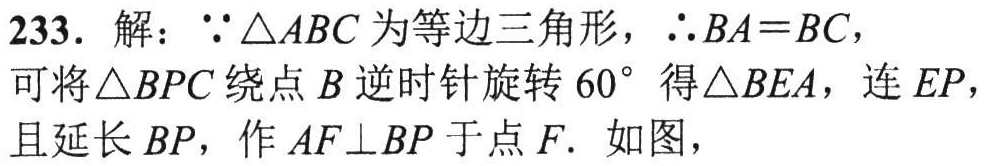
233. 解：$\because\triangle ABC$为等边三角形，$\therefore BA = BC$，
可将$\triangle BPC$绕点$B$逆时针旋转$60^{\circ}$得$\triangle BEA$，连$EP$，
且延长$BP$，作$AF\perp BP$于点$F$. 如图，